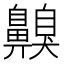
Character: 齅